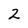
Character: 2